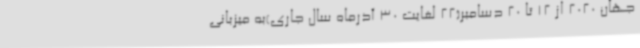
جهان 2020 از 12 تا 20 دسامبر(22 لغایت 30 آذرماه سال جاری)به میزبانی